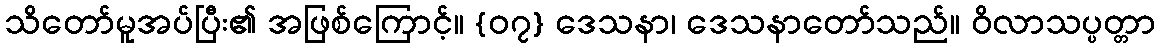
သိတော်မူအပ်ပြီး၏ အဖြစ်ကြောင့်။ {၀၇} ဒေသနာ၊ ဒေသနာတော်သည်။ ဝိလာသပ္ပတ္တာ